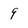
Character: 9